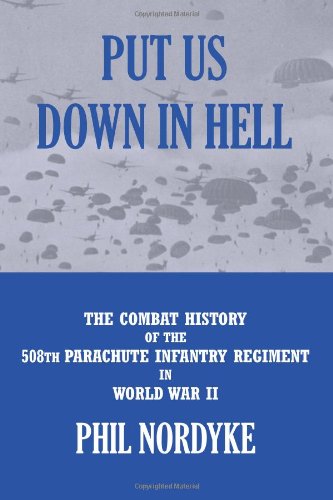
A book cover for Put Us Down In Hell: The Combat History of the 508th Parachute Infantry Regiment in World War II; Phil Nordyke; History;